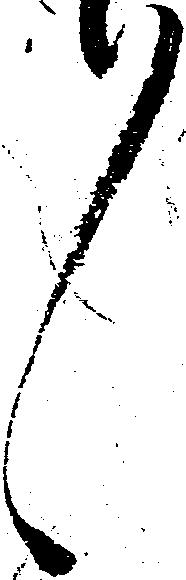
々